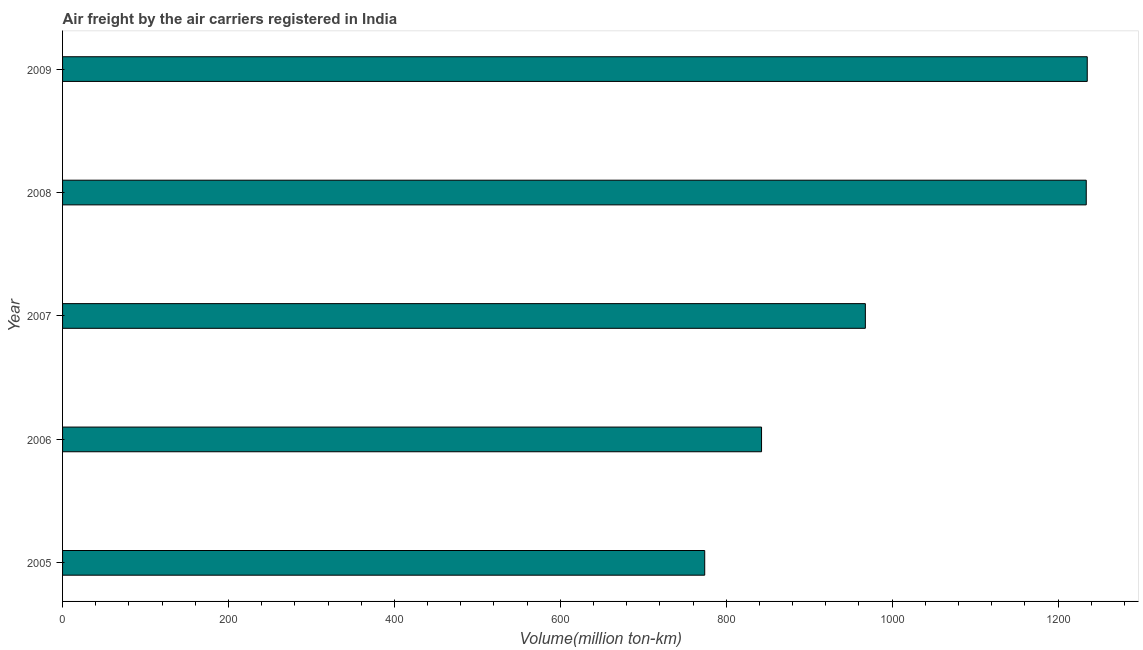
| Year | Air transport |
 | --- | --- |
 | 2005 | 774 |
 | 2006 | 843 |
 | 2007 | 968 |
 | 2008 | 1.23e+03 |
 | 2009 | 1.24e+03 |